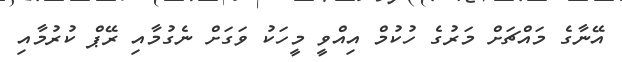
އޭނާގެ މައްޗަށް މަރުގެ ހުކުމް އިއްވީ މީހަކު ވަގަށް ނެގުމާއި ރޭޕް ކުރުމާއި